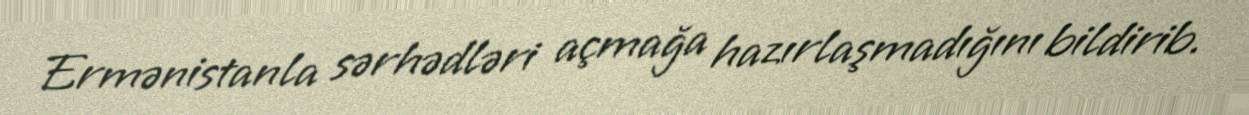
Ermənistanla sərhədləri açmağa hazırlaşmadığını bildirib.